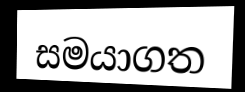
සමයාගත